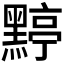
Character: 𪑬